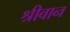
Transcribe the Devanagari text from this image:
श्रीवान